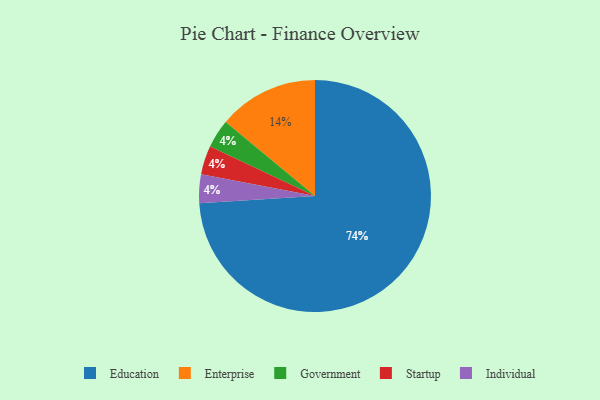
{"axis": {"x": "Category", "y": "Percentage"}, "legend": ["Education", "Enterprise", "Government", "Individual", "Startup"], "data": [{"x": "Government", "y": 4, "type": "Government"}, {"x": "Startup", "y": 4, "type": "Startup"}, {"x": "Education", "y": 74, "type": "Education"}, {"x": "Individual", "y": 4, "type": "Individual"}, {"x": "Enterprise", "y": 14, "type": "Enterprise"}]}